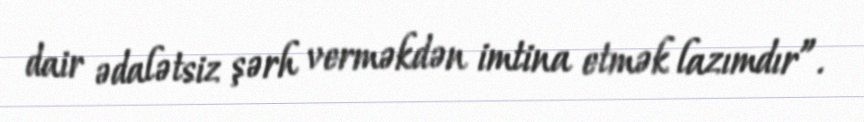
dair ədalətsiz şərh verməkdən imtina etmək lazımdır”.